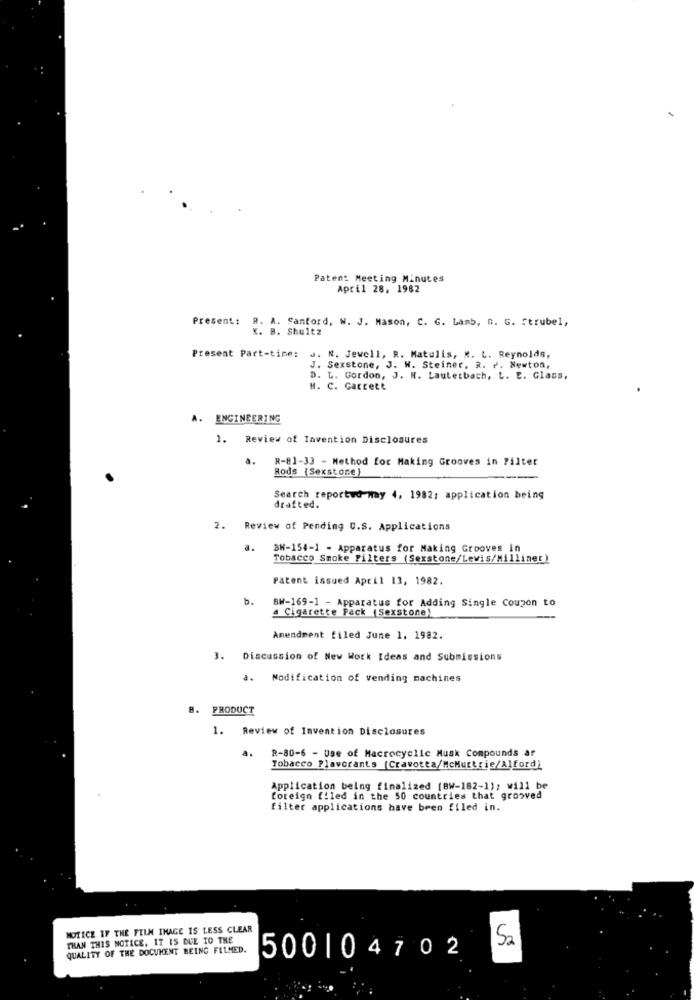
Paten: Meeting Minutes
April 28, 1982
Present:
R. A. Sanford, W. J. Mason, C. G. Lamb, o. G. Strubel,
K. B. Shultz
Present Part-time: J. N. Jewell, R. Matulis, K. L. Reynolds,
J. Sexstone, J. W. Steiner. R. P. Newton,
D. L. Gordon, J. N. Lauterbach, L. E. Glass,
M. C. Garrett
A. ENGINEERING
1. Review of Invention Disclosures
a.
R-81-33 - Method for Making Grooves in Filter
Rods (Sexstone)
Search reportwo-way 4, 1982; application being
drafted.
2. Review of Pending C.S. Applications
a.
BN-154-1 - Apparatus for Making Grooves in
Tobacco Smoke Filters (Sexstone/Lewis/Milliner)
Patent issued April 13, 1982.
b.
BW-169-1 - Apparatus for Adding Single Coupon to
a Cigarette Pack |Sexstone)
Amendment filed June 1. 1982.
3. Discussion of New Work Ideas and Submissions
a. Modification of vending machines
B. PRODUCT
1. Review of Invention Disclosures
a.
8-80-6 - Use of Macrocyclic Musk Compounds af
Tobacco Plavorants (Cravotta/McMurtrie/Alford)
Application being finalized (BW-182-1); will be
foreign filed in the 50 countries that grooved
filter applications have been filed in.
NOTICE IF THE FILM IMAGE IS LESS CLEAR
THAN THIS NOTICE. IT IS DUE TO THE
QUALITY OF THE DOCUMENT BEING FILMED.
52
500104702